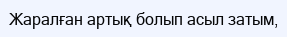
Жаралған артық болып асыл затым,